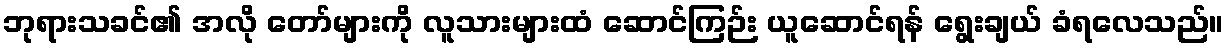
ဘုရားသခင်၏ အလို တော်များကို လူသားများထံ ဆောင်ကြဉ်း ယူဆောင်ရန် ရွေးချယ် ခံရလေသည်။